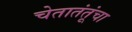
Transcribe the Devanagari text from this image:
चेतातंतूंचा